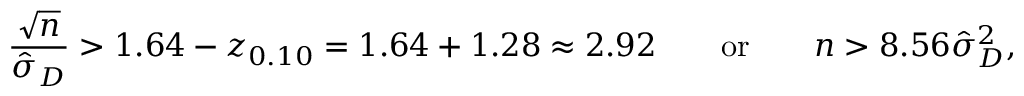
{ \frac { \sqrt { n } } { { \hat { \sigma } } _ { D } } } > 1 . 6 4 - z _ { 0 . 1 0 } = 1 . 6 4 + 1 . 2 8 \approx 2 . 9 2 \qquad { \mathrm { o r } } \qquad n > 8 . 5 6 { \hat { \sigma } } _ { D } ^ { 2 } ,